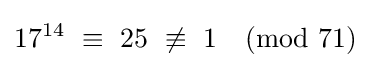
17^{14}\ \equiv \ 25\ \not \equiv \ 1{\pmod {71}}